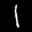
Label: 1